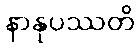
နာနုပဿတိ